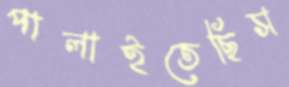
পালাইতেছিস